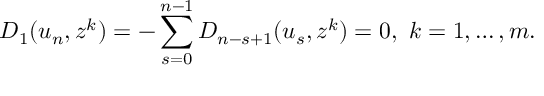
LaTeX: D _ { 1 } ( u _ { n } , z ^ { k } ) = - \sum _ { s = 0 } ^ { n - 1 } D _ { n - s + 1 } ( u _ { s } , z ^ { k } ) = 0 , \ k = 1 , \dots , m .